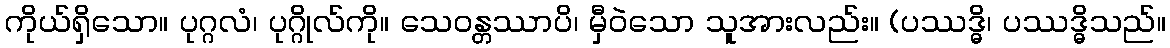
ကိုယ်ရှိသော။ ပုဂ္ဂလံ၊ ပုဂ္ဂိုလ်ကို။ သေဝန္တဿာပိ၊ မှီဝဲသော သူအားလည်း။ (ပဿဒ္ဓိ၊ ပဿဒ္ဓိသည်။